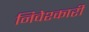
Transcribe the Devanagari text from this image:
निवेश्कारी